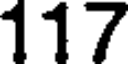
117